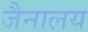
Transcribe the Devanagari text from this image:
जैनालय